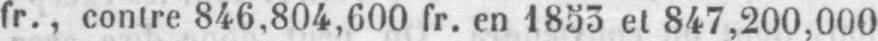
fr., contre 846,804,600 fr. en 1853 et 847,200,000